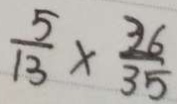
\frac { 5 } { 1 3 } \times \frac { 3 6 } { 3 5 }